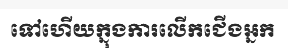
ទៅហើយក្នុងការលើកជើងអ្នក